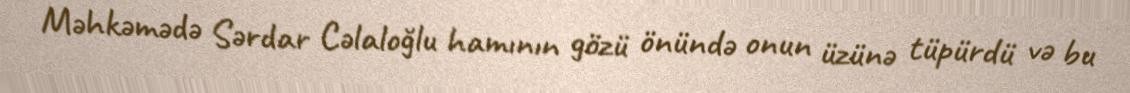
Məhkəmədə Sərdar Cəlaloğlu hamının gözü önündə onun üzünə tüpürdü və bu